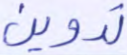
تدوين